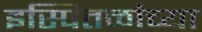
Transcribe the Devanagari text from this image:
इस्पितळांच्या